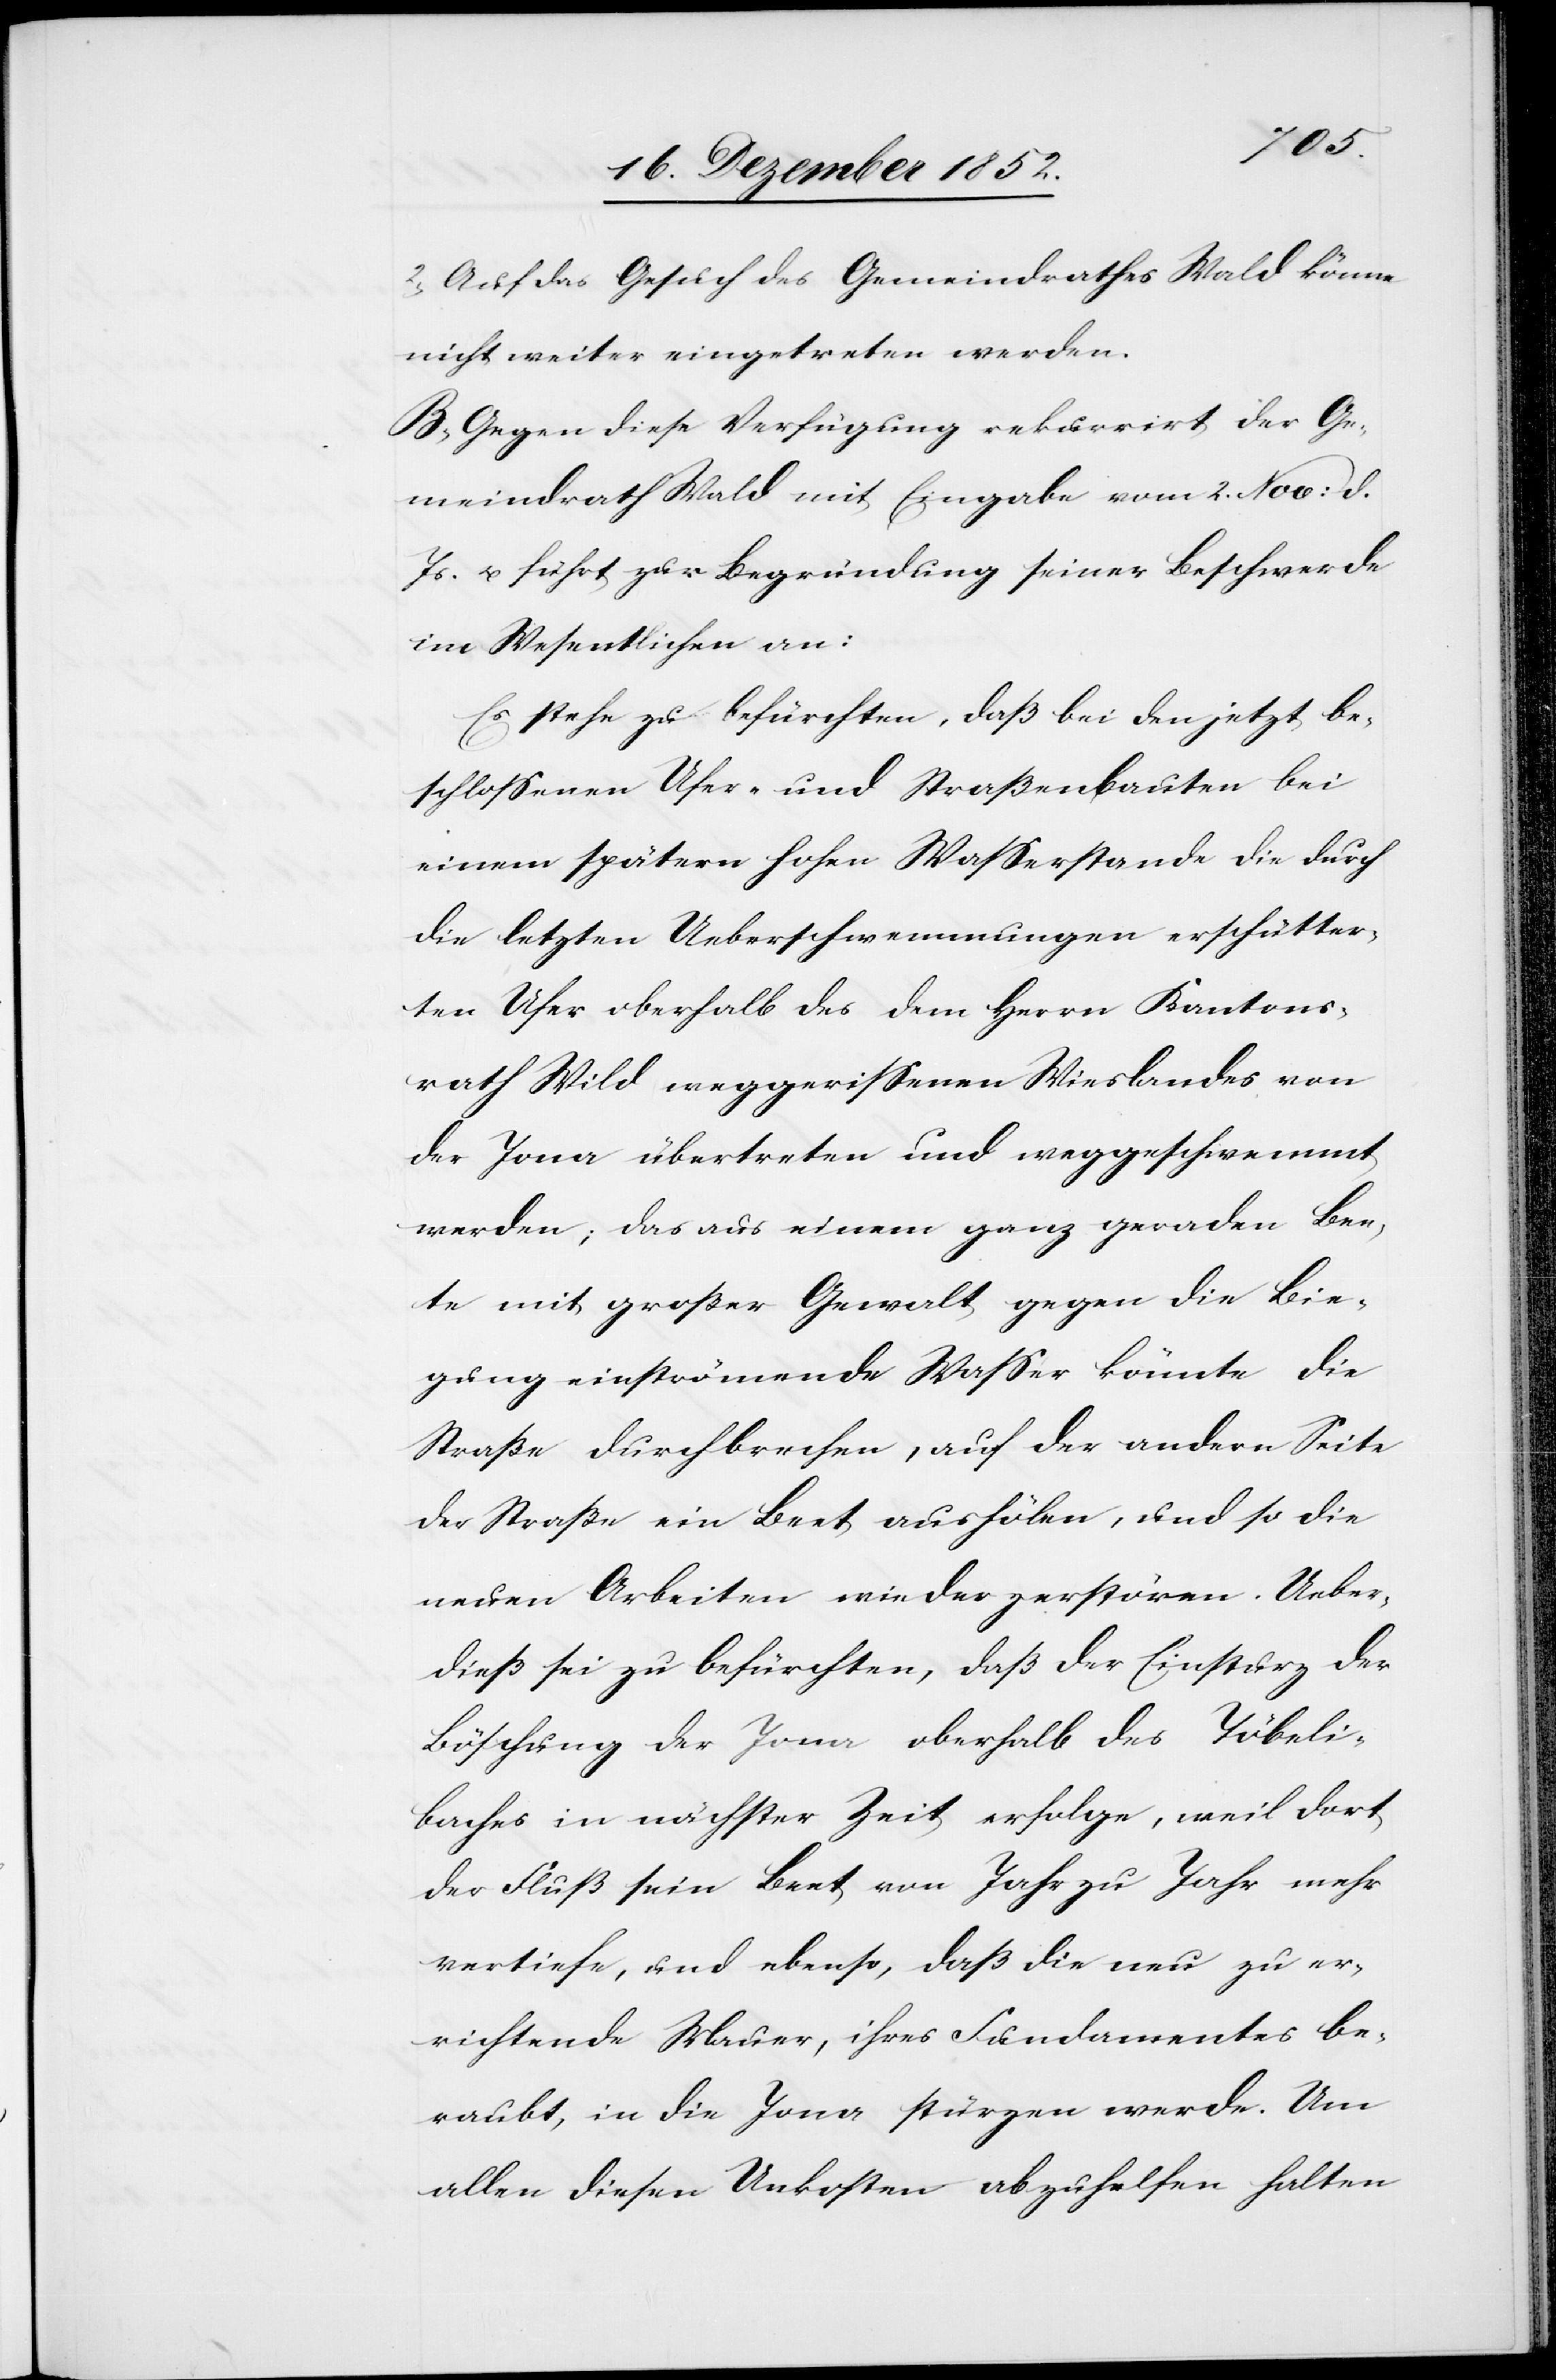
2, Auf das Gesuch des Gemeindrathes Wald könne
nicht weiter eingetreten werden.
B, Gegen diese Verfügung rekurrirt der Ge¬
meindrath Wald mit Eingabe vom 2. Nov: d.
Js. u. führt zur Begründung seiner Beschwerde
im Wesentlichen an:
Es stehe zu befürchten, daß bei den jetzt be¬
schlossenen Ufer- und Straßenbauten bei
einem spätern hohen Wasserstande die durch
die letzten Ueberschwemmungen erschütter¬
ten Ufer oberhalb des dem Herrn Kantons¬
rath Wild weggerissenen Wieslandes von
der Jona übertreten und weggeschwemmt
werden; das aus einem ganz geraden Bee¬
te mit großer Gewalt gegen die Bie¬
gung einströmende Wasser könnte die
Straße durchbrechen, auf der andern Seite
der Straße ein Beet aushölen, und so die
neuen Arbeiten wieder zerstören. Ueber¬
dieß sei zu befürchten, daß der Einsturz der
Böschung der Jona oberhalb des Töbeli¬
baches in nächster Zeit erfolge, weil dort
der Fluß sein Beet von Jahr zu Jahr mehr
vertiefe, und ebenso, daß die neu zu er¬
richtende Mauer, ihres Fundamentes be¬
raubt, in die Jona stürzen werde. Um
allen diesen Unkosten abzuhelfen halten